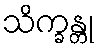
သိက္ခန္တု